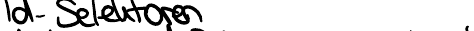
Id-Selektoren